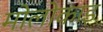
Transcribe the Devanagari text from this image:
मोलोकाइ